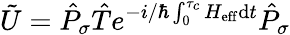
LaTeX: \tilde{U}=\hat{P}_{\sigma}\hat{T}e^{-i/\hbar\int_{0}^{\tau_{c}}H_{\mathrm{eff}}\mathrm{d}t}\hat{P}_{\sigma}